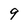
Character: 9